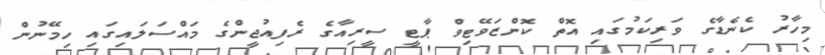
މިހާރު ކެނެޑާގެ ވަރިކަމުގައި އޮތް ކޮންޒަވޭޓިވް ޕާޓީ ސީރިއާގެ ރެފިއުޖީންގެ މައްސަލައިގައި ހިމޭނުން